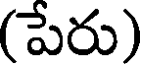
(పేరు)